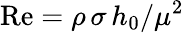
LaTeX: \textrm{Re}=\rho\, \sigma\, h_{0}/\mu^{2}